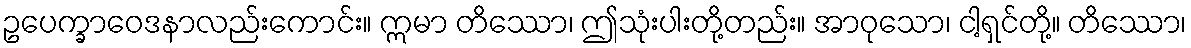
ဥပေက္ခာဝေဒနာလည်းကောင်း။ ဣမာ တိဿော၊ ဤသုံးပါးတို့တည်း။ အာဝုသော၊ ငါ့ရှင်တို့။ တိဿော၊